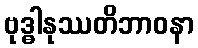
ဗုဒ္ဓါနုဿတိဘာဝနာ